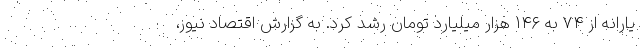
یارانه از ۷۴ به ۱۴۶ هزار میلیارد تومان رشد کرد. به گزارش اقتصاد نیوز،